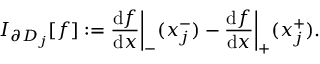
I _ { \partial D _ { j } } [ f ] : = \frac { \mathrm { d } f } { \mathrm { d } x } \bigg \vert _ { - } ( x _ { j } ^ { - } ) - \frac { \mathrm { d } f } { \mathrm { d } x } \bigg \vert _ { + } ( x _ { j } ^ { + } ) .